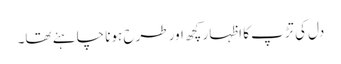
دل کی تڑپ کا اظہار کچھ اور طرح ہونا چاہئے تھا۔